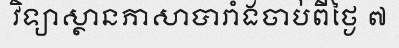
វិទ្យាស្ថានភាសាបារាំងចាប់ពីថ្ងៃ ៧